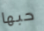
حبها